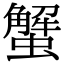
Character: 蟹